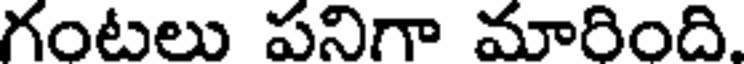
గంటలు పనిగా మారింది.